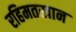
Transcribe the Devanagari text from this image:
रहिमतखान